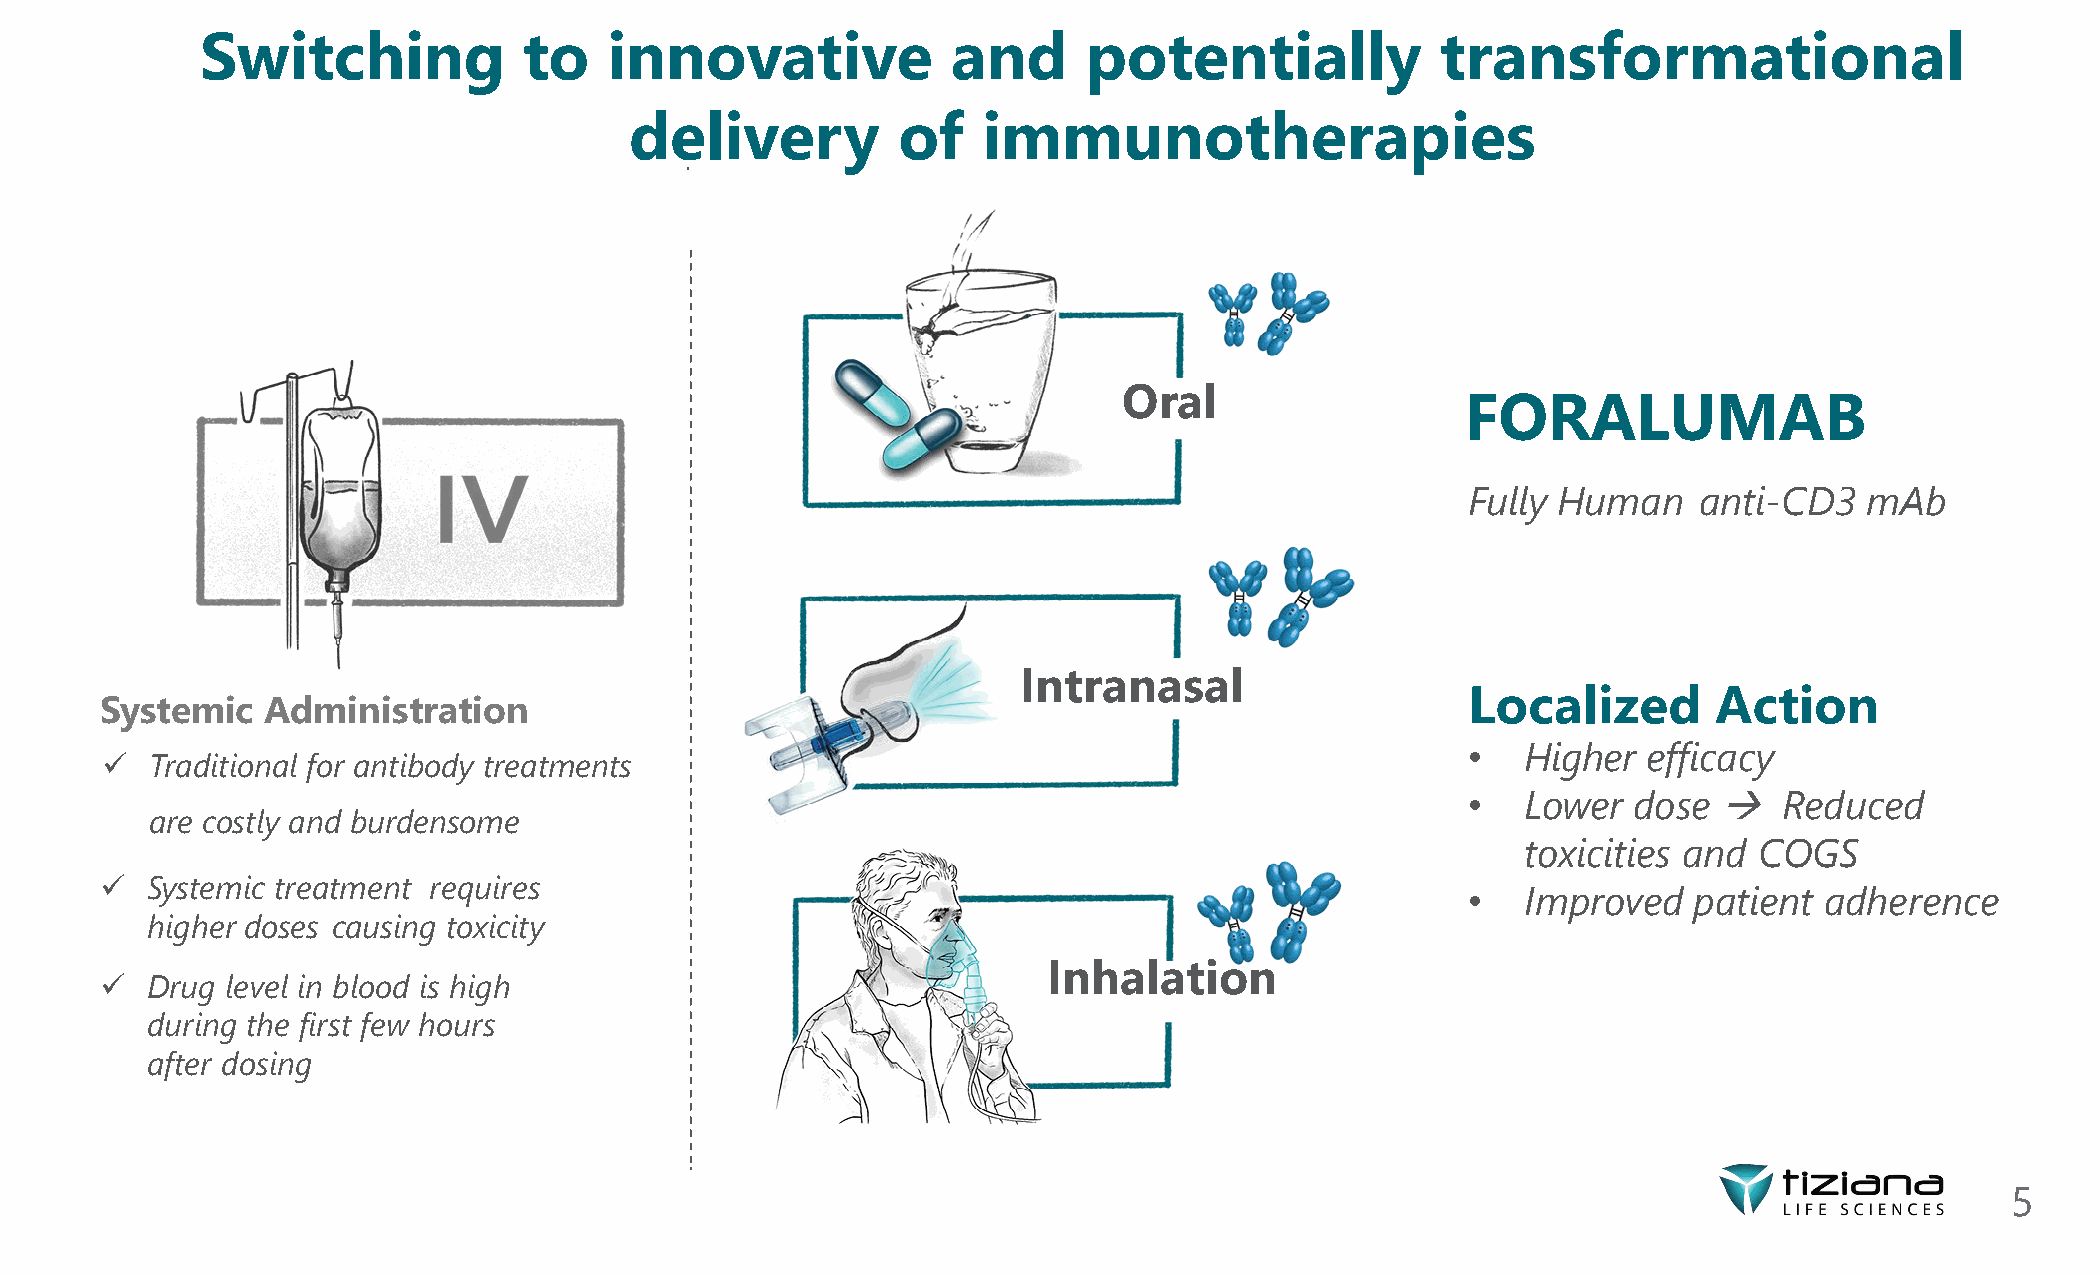
Switching             to   innovative             and      potentially            transformational
 delivery         of    immunotherapies
 Oral
 FORALUMAB
 Fully Human    anti-CD3    mAb
 Intranasal
 Localized        Action
 Systemic  Administration
 •   Higher  efficacy
   Traditional for antibody treatments
 •   Lower  dose     Reduced
 are costly and burdensome
 toxicities and COGS
   Systemic treatment requires
 •   Improved   patient  adherence
 higher doses causing toxicity
   Drug level in blood is high                                Inhalation
 during the first few hours
 after dosing
 5